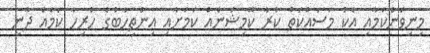
މިނިވަންކަމާއި އެކު މަސައްކަތް ކުރާ ކޮމިޝަނެއް ކަމަށާއި އިންތިހާބުގެ ހުރިހާ ކަމެއް ދާނީ